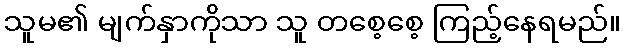
သူမ၏ မျက်နှာကိုသာ သူ တစေ့စေ့ ကြည့်နေရမည်။